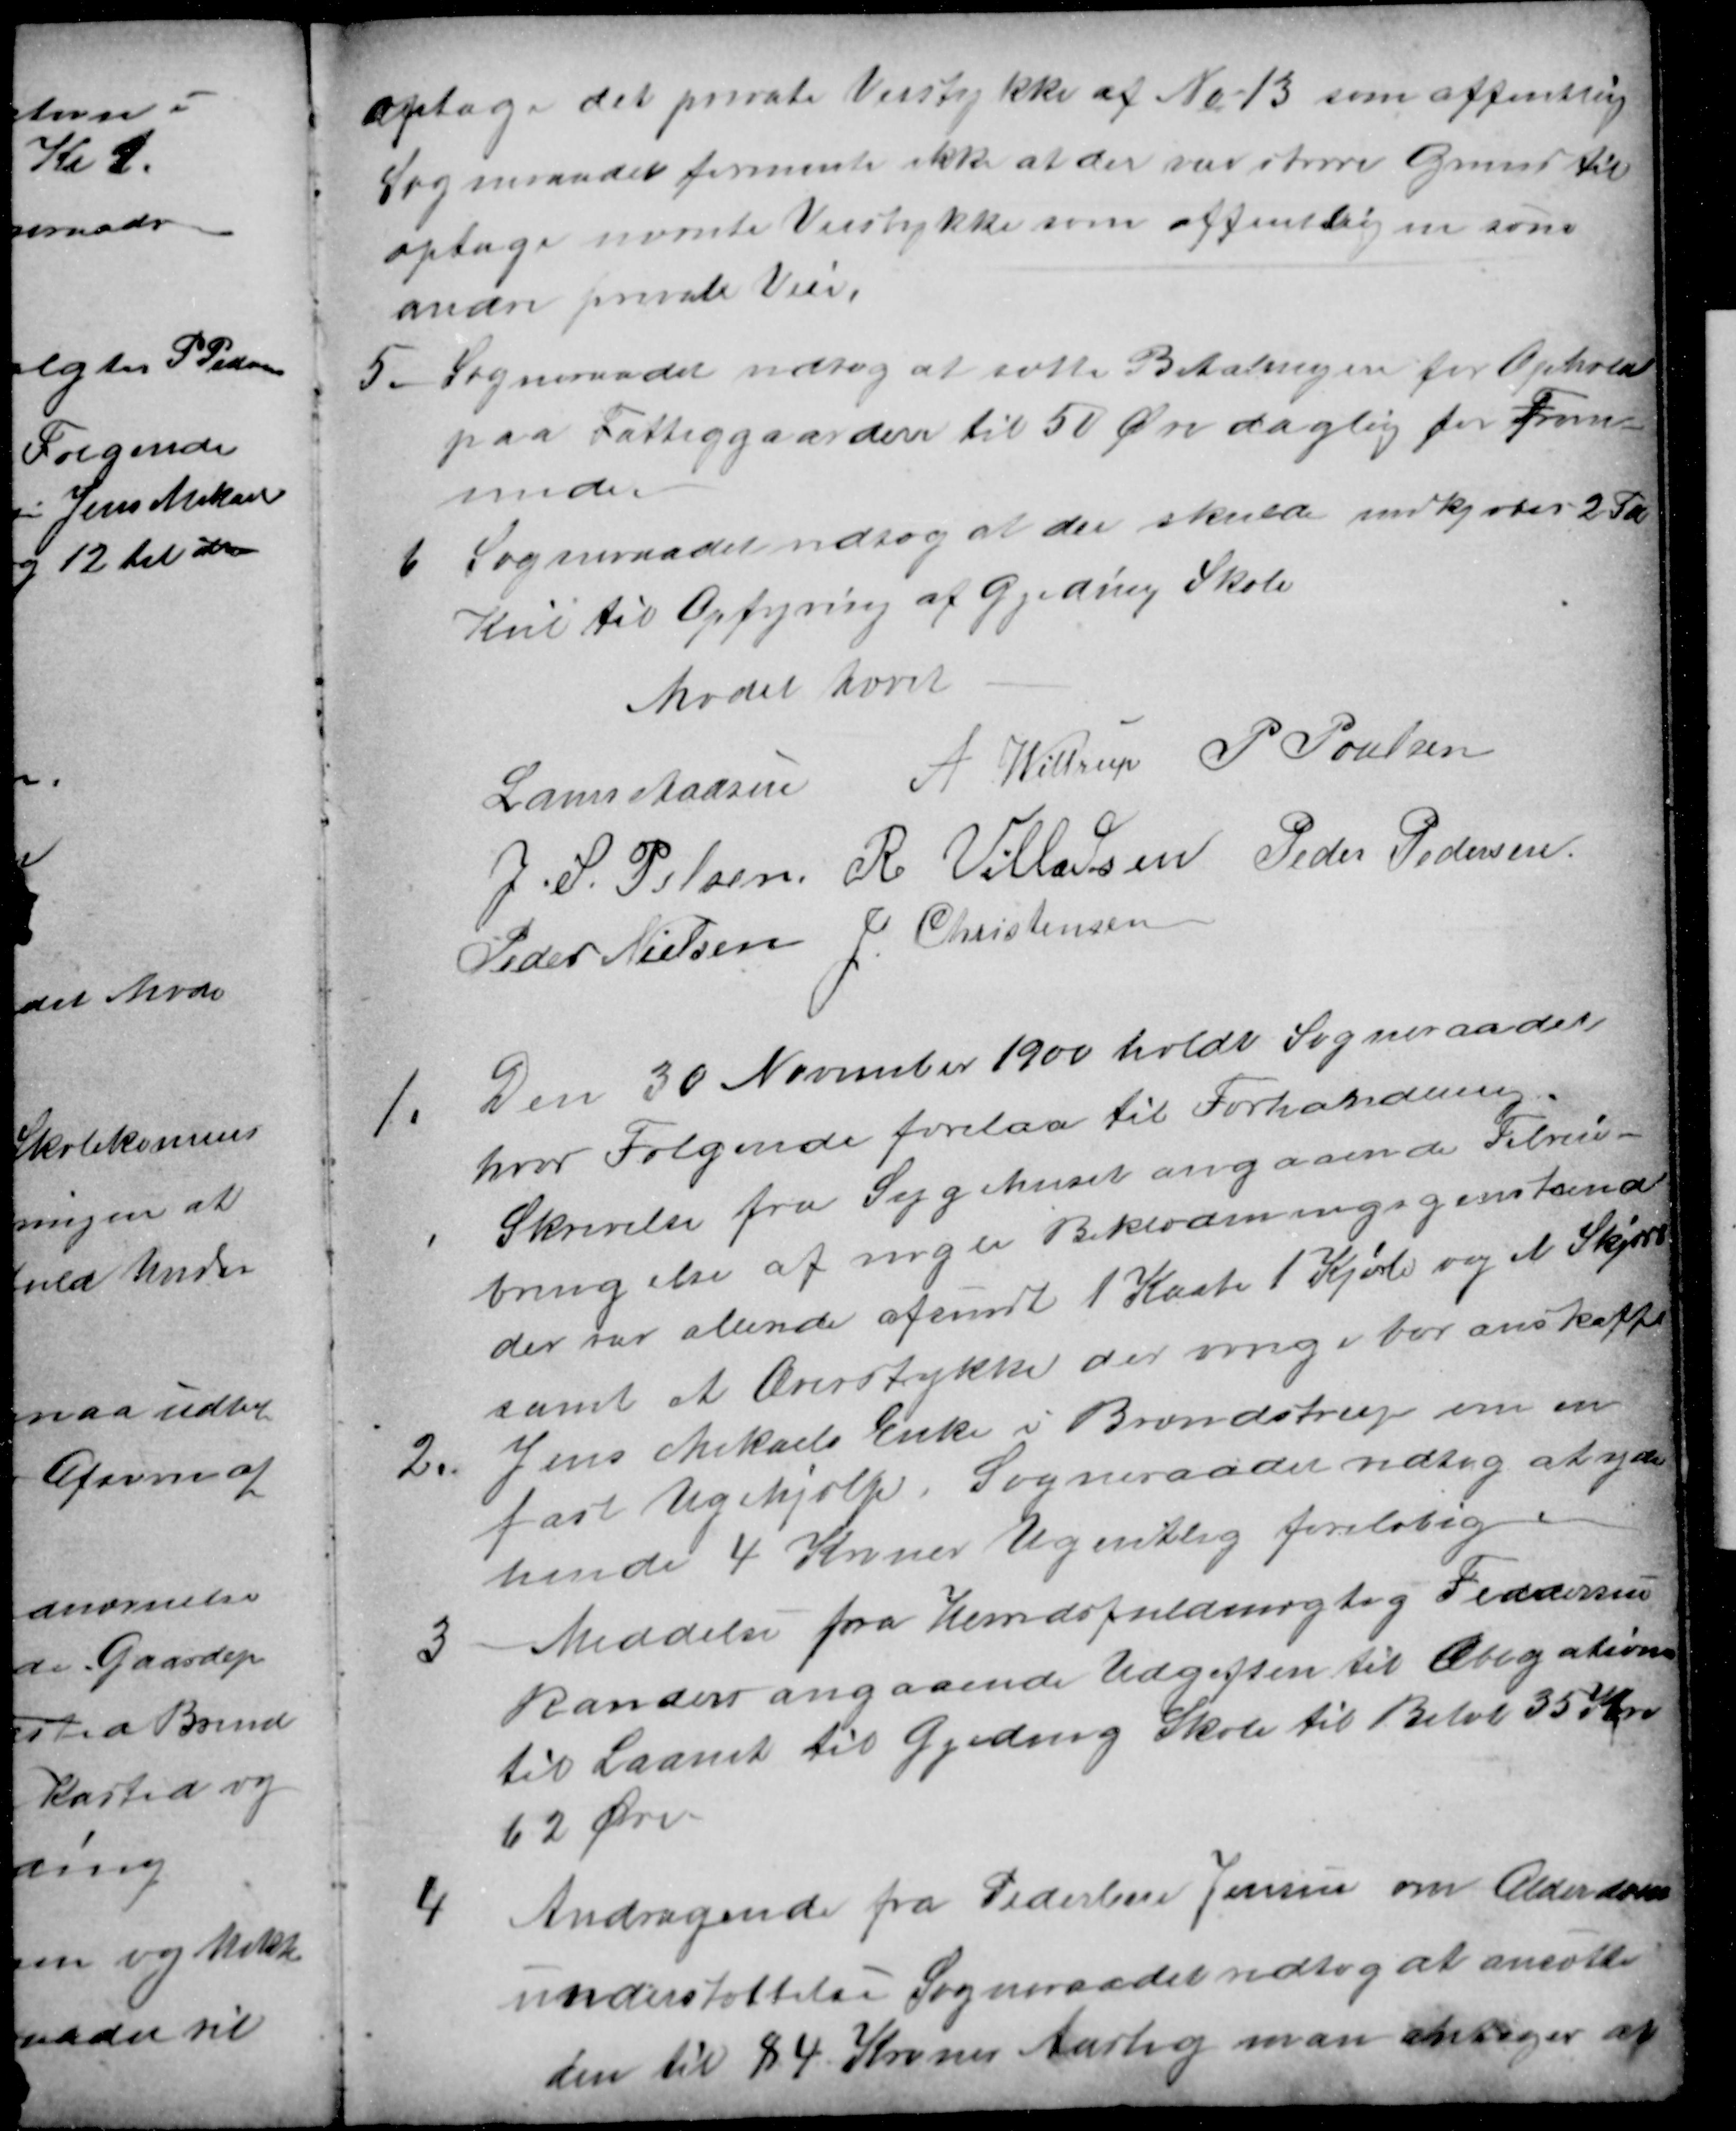
Transskription:
optage det private Veistykke af № 13 som offentlig
Sogneraadet formente ikke at der var større Grund til
optage nævnte Veistykke som offentlig en som
andre private Veie,
5. Sogneraadet vedtog at sætte Betalingen for Ophold
paa Fattiggaarden til 50 Øre daglig for Frem
inden
6 Sogneraadet vedtog at der skulde indkjøbes 2 Td
Kul til Opfyring af Gjeding Skole
Mødet hævet
Laurs Madsen A Wittrup P Poulsen
J. S. Pelsen R. Villadsen Peder Pedersen
Peder Nielsen J. Christensen
1. Den 30 November 1900 holdt Sogneraadet
hvor Følgende forelaa til Forhandling
Skrivelse fra Sygehuset angaaende Tilveie-
bringelse af nogen Beklædningsgenstande
der var allerede afsendt 1 Kaabe 1 Kjole og et Skjørt
samt et Overstykke det øvrige bør anskaffe
2. Jens Mikaels Enke i Brendstrup om en
fast Ugehjælp. Sogneraadet vedtog at yde
hende 4 Kroner Ugentlig foreløbig 
3 Meddelse fra Herredsfuldmægtig Feddersen
Randers angaaende Udgiften til Obligationen
til Laanet til Gjeding Skole til Beløb 35 Kr.
62 Øre
4 Andragende fra Pederlene Jensen om Alderdoms
understøttelse Sogneraadet vedtog at ansætte
den til 84 Kroner Aarlig man antager at